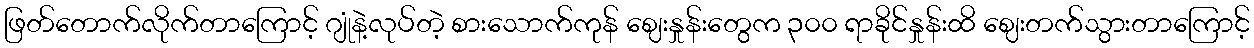
ဖြတ်တောက်လိုက်တာကြောင့် ဂျုံနဲ့လုပ်တဲ့ စားသောက်ကုန် ဈေးနှုန်းတွေက ၃၀၀ ရာခိုင်နှုန်းထိ ဈေးတက်သွားတာကြောင့်